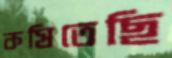
কষিতেছি